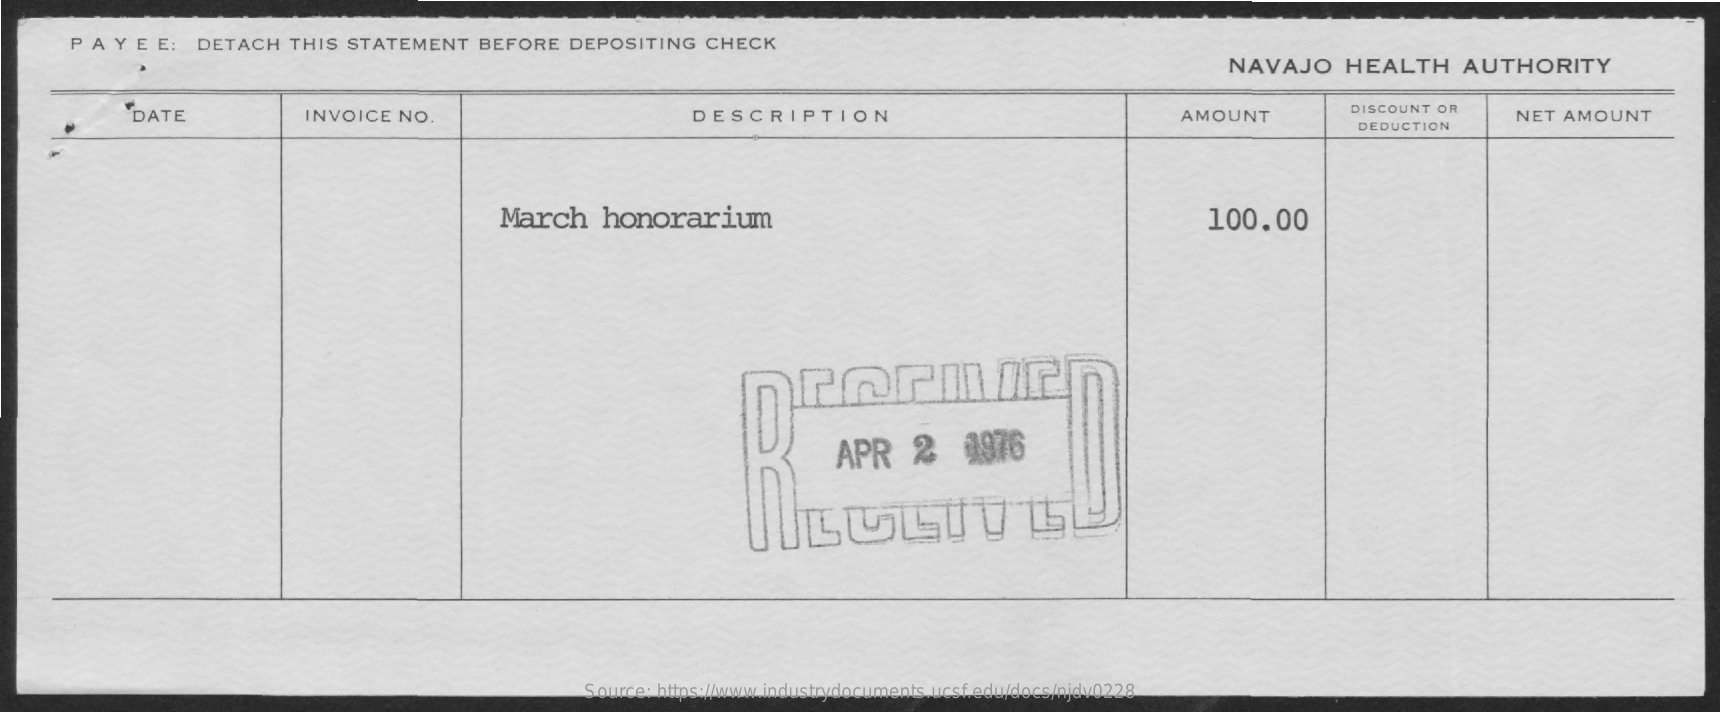
PAY    E E:  DETACH    THIS  STATEMENT    BEFORE    DEPOSITING    CHECK
     NAVAJO    HEALTH    AUTHORITY
     DATE    INVOICE   NO.    DESCRIPTION    AMOUNT    DISCOUNT OR
     DEDUCTION
     NET  AMOUNT
     March    honorarium    100.00
     APR    2    0976
     Source: https://www.industrydocuments.ucsf.edu/docs/njdv0228